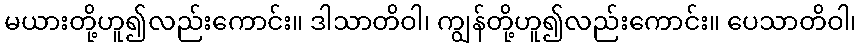
မယားတို့ဟူ၍လည်းကောင်း။ ဒါသာတိဝါ၊ ကျွန်တို့ဟူ၍လည်းကောင်း။ ပေသာတိဝါ၊